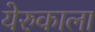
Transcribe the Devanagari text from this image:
येरुकाला